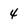
Character: 4